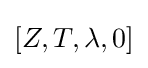
[Z,T,\lambda ,0]